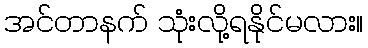
အင်တာနက် သုံးလို့ရနိုင်မလား။